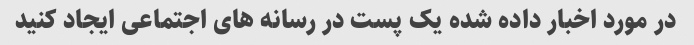
در مورد اخبار داده شده یک پست در رسانه های اجتماعی ایجاد کنید